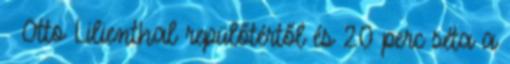
Otto Lilienthal repülőtértől és 20 perc séta a